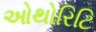
ઓથોરિટિ